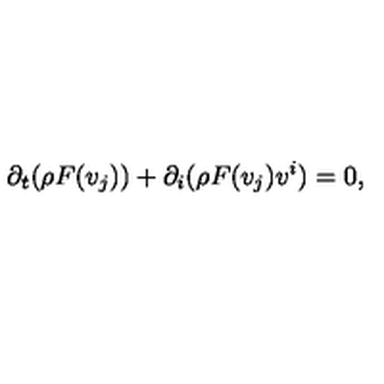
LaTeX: \partial _ { t } ( \rho F ( v _ { j } ) ) + \partial _ { i } ( \rho F ( v _ { j } ) v ^ { i } ) = 0 ,